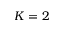
K = 2